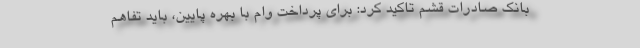
بانک صادرات قشم تاکید کرد: برای پرداخت وام با بهره پایین، باید تفاهم